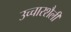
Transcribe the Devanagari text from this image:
उच्चारशैली